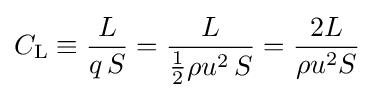
C_{\mathrm {L} }\equiv {\frac {L}{q\,S}}={\frac {L}{{\frac {1}{2}}\rho u^{2}\,S}}={\frac {2L}{\rho u^{2}S}}